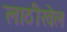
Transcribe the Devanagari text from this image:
लाठीखेल